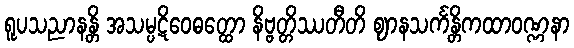
ရူပသညာနန္တိ အသမ္ပဋိဝေဓတ္ထော နိဗ္ဗတ္တိဿတီတိ ဈာနသင်္ကန္တိကထာဝဏ္ဏနာ